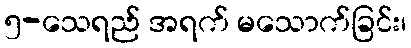
၅-သေရည် အရက် မသောက်ခြင်း၊